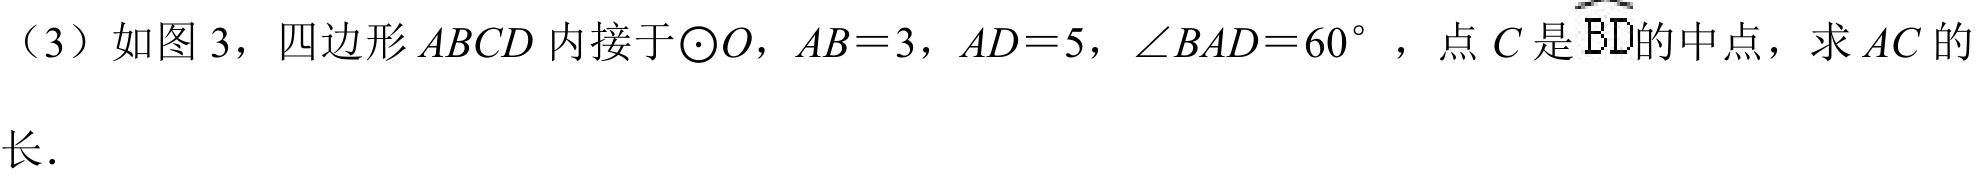
（3）如图 3，四边形\(ABCD\)内接于\(\odot O\)，\(AB = 3\)，\(AD = 5\)，\(\angle BAD = 60^{\circ}\)，点\(C\)是\(\overset{\frown}{BD}\)的中点，求\(AC\)的长．